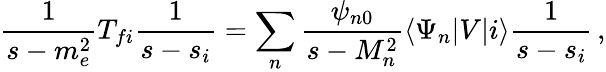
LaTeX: \frac{1}{s-m_{e}^{2}}T_{fi}\frac{1}{s-s_{i}}=\sum_{n}\frac{\psi_{n0}}{s-M_{n}^{2}}\langle\Psi_{n}|V|i\rangle\frac{1}{s-s_{i}}\, ,